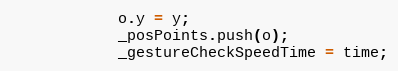
Language: JavaScript
			o.y = y;
			_posPoints.push(o);
			_gestureCheckSpeedTime = time;